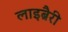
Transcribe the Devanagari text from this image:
लाइब्रैरी